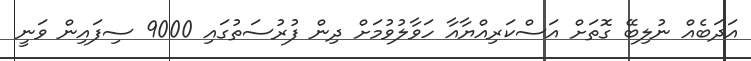
އަދަބެއް ނުލިބޭ ގޮތަށް އަސްކަރިއްޔާއާ ހަވާލުވުމަށް ދިން ފުރުސަތުގައި 9000 ސިފައިން ވަނީ